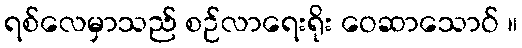
ရစ်လေမှာသည် စဉ်လာရေးရိုး ဝေဆာသောဝ် ။